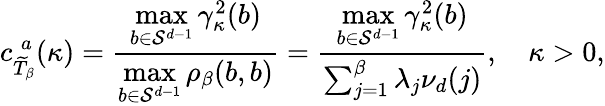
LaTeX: c_{\widetilde{T}_{\beta}}^{\; a}(\kappa)=\frac{\underset{b\in\mathcal{S}^{d-1}}{\operatorname*{max}}\gamma_{\kappa}^{2}(b)}{\underset{b\in\mathcal{S}^{d-1}}{\operatorname*{max}}\rho_{\beta}(b,b)}=\frac{\underset{b\in\mathcal{S}^{d-1}}{\operatorname*{max}}\gamma_{\kappa}^{2}(b)}{\sum_{j=1}^{\beta}\lambda_{j}\nu_{d}(j)},\quad\kappa>0,